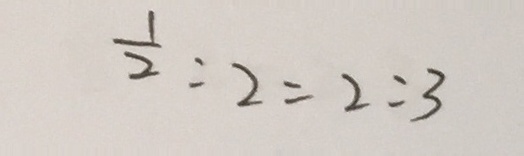
\frac { 1 } { 2 } : 2 = 2 : 3